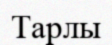
Тарлы